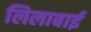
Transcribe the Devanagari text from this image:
लिलाबाई